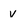
Character: v